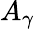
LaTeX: A_{\gamma}